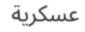
عسكرية